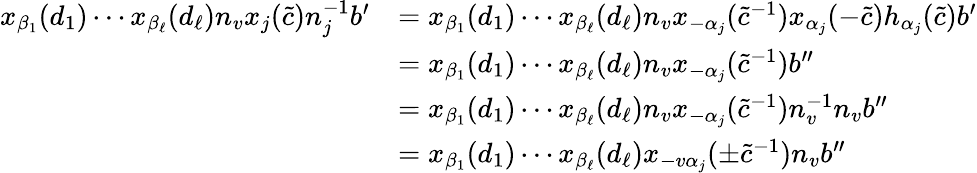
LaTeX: \begin{array}{rl}{x_{\beta_{1}}(d_{1})\cdots x_{\beta_{\ell}}(d_{\ell})n_{v}x_{j}(\tilde{c})n_{j}^{-1}b^{\prime}}&{=x_{\beta_{1}}(d_{1})\cdots x_{\beta_{\ell}}(d_{\ell})n_{v}x_{-\alpha_{j}}(\tilde{c}^{-1})x_{\alpha_{j}}(-\tilde{c})h_{\alpha_{j}}(\tilde{c})b^{\prime}}\\ &{=x_{\beta_{1}}(d_{1})\cdots x_{\beta_{\ell}}(d_{\ell})n_{v}x_{-\alpha_{j}}(\tilde{c}^{-1})b^{\prime\prime}}\\ &{=x_{\beta_{1}}(d_{1})\cdots x_{\beta_{\ell}}(d_{\ell})n_{v}x_{-\alpha_{j}}(\tilde{c}^{-1})n_{v}^{-1}n_{v}b^{\prime\prime}}\\ &{=x_{\beta_{1}}(d_{1})\cdots x_{\beta_{\ell}}(d_{\ell})x_{-v\alpha_{j}}(\pm\tilde{c}^{-1})n_{v}b^{\prime\prime}}\end{array}